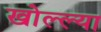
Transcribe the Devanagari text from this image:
खोल्ल्या